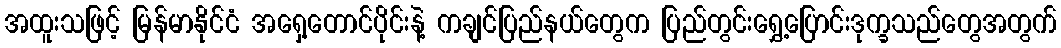
အထူးသဖြင့် မြန်မာနိုင်ငံ အရှေ့တောင်ပိုင်းနဲ့ ကချင်ပြည်နယ်တွေက ပြည်တွင်းရွှေ့ပြောင်းဒုက္ခသည်တွေအတွက်